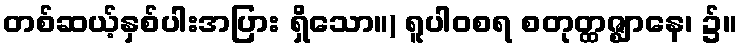
တစ်ဆယ့်နှစ်ပါးအပြား ရှိသော။) ရူပါဝစရ စတုတ္ထဇ္ဈာနေ၊ ၌။